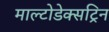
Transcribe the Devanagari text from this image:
माल्टोडेक्सट्रिन